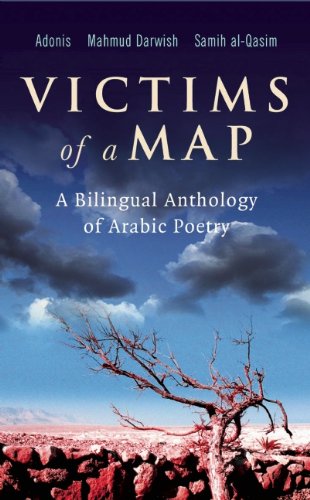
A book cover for Victims of a Map: A Bilingual Anthology of Arabic Poetry; Adonis; Literature & Fiction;